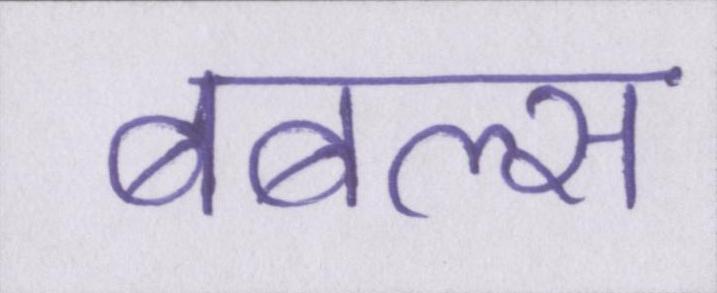
बबल्स